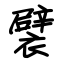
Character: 襞